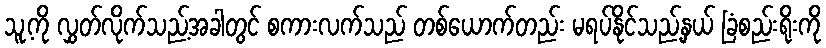
သူ့ကို လွှတ်လိုက်သည့်အခါတွင် စကားလက်သည် တစ်ယောက်တည်း မရပ်နိုင်သည့်နှယ် ခြံစည်းရိုးကို